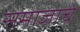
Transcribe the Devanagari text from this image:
समाजाचें